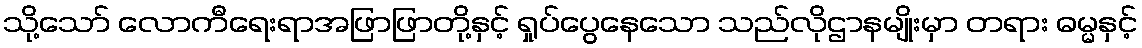
သို့သော် လောကီရေးရာအဖြာဖြာတို့နှင့် ရှုပ်ပွေနေသော သည်လိုဌာနမျိုးမှာ တရား ဓမ္မနှင့်